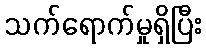
သက်ရောက်မှုရှိပြီး